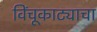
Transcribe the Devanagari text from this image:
विंचूकाट्याचा